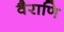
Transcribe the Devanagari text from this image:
वैराणि